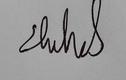
Signature authenticity: genuine